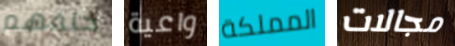
خلفهم واعية المملكة مجالات